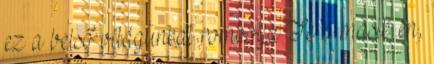
ez a belső világunkat rombolja Te a másik én,